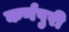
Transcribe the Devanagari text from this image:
कर्णपुरी